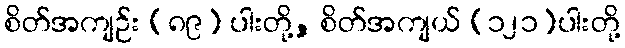
စိတ်အကျဉ်း (၈၉) ပါးတို့, စိတ်အကျယ် (၁၂၁)ပါးတို့